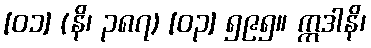
[၀၁] (နိ၊ ၃၈၇) [၀၃] ၅၉၅။ ဣဒါနိ၊